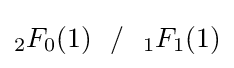
{}_{2}F_{0}(1)\ \ /\ \ {}_{1}F_{1}(1)